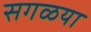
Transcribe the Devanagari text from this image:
सगळया